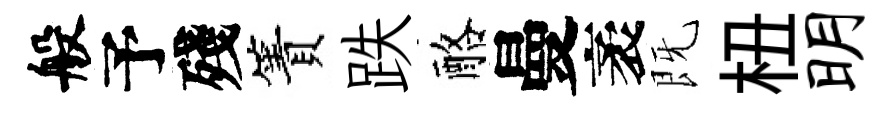
般予殘簀跌酪曼袤既杻明